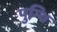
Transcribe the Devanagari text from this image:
पुन्थि